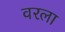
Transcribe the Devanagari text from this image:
वरला